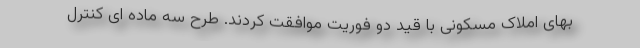
بهای املاک مسکونی با قید دو فوریت موافقت کردند. طرح سه ماده ای کنترل